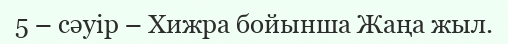
5 – сәуір – Хижра бойынша Жаңа жыл.